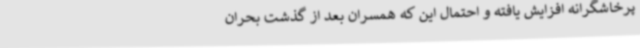
پرخاشگرانه افزایش یافته و احتمال این که همسران بعد از گذشت بحران